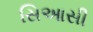
સિઆસી